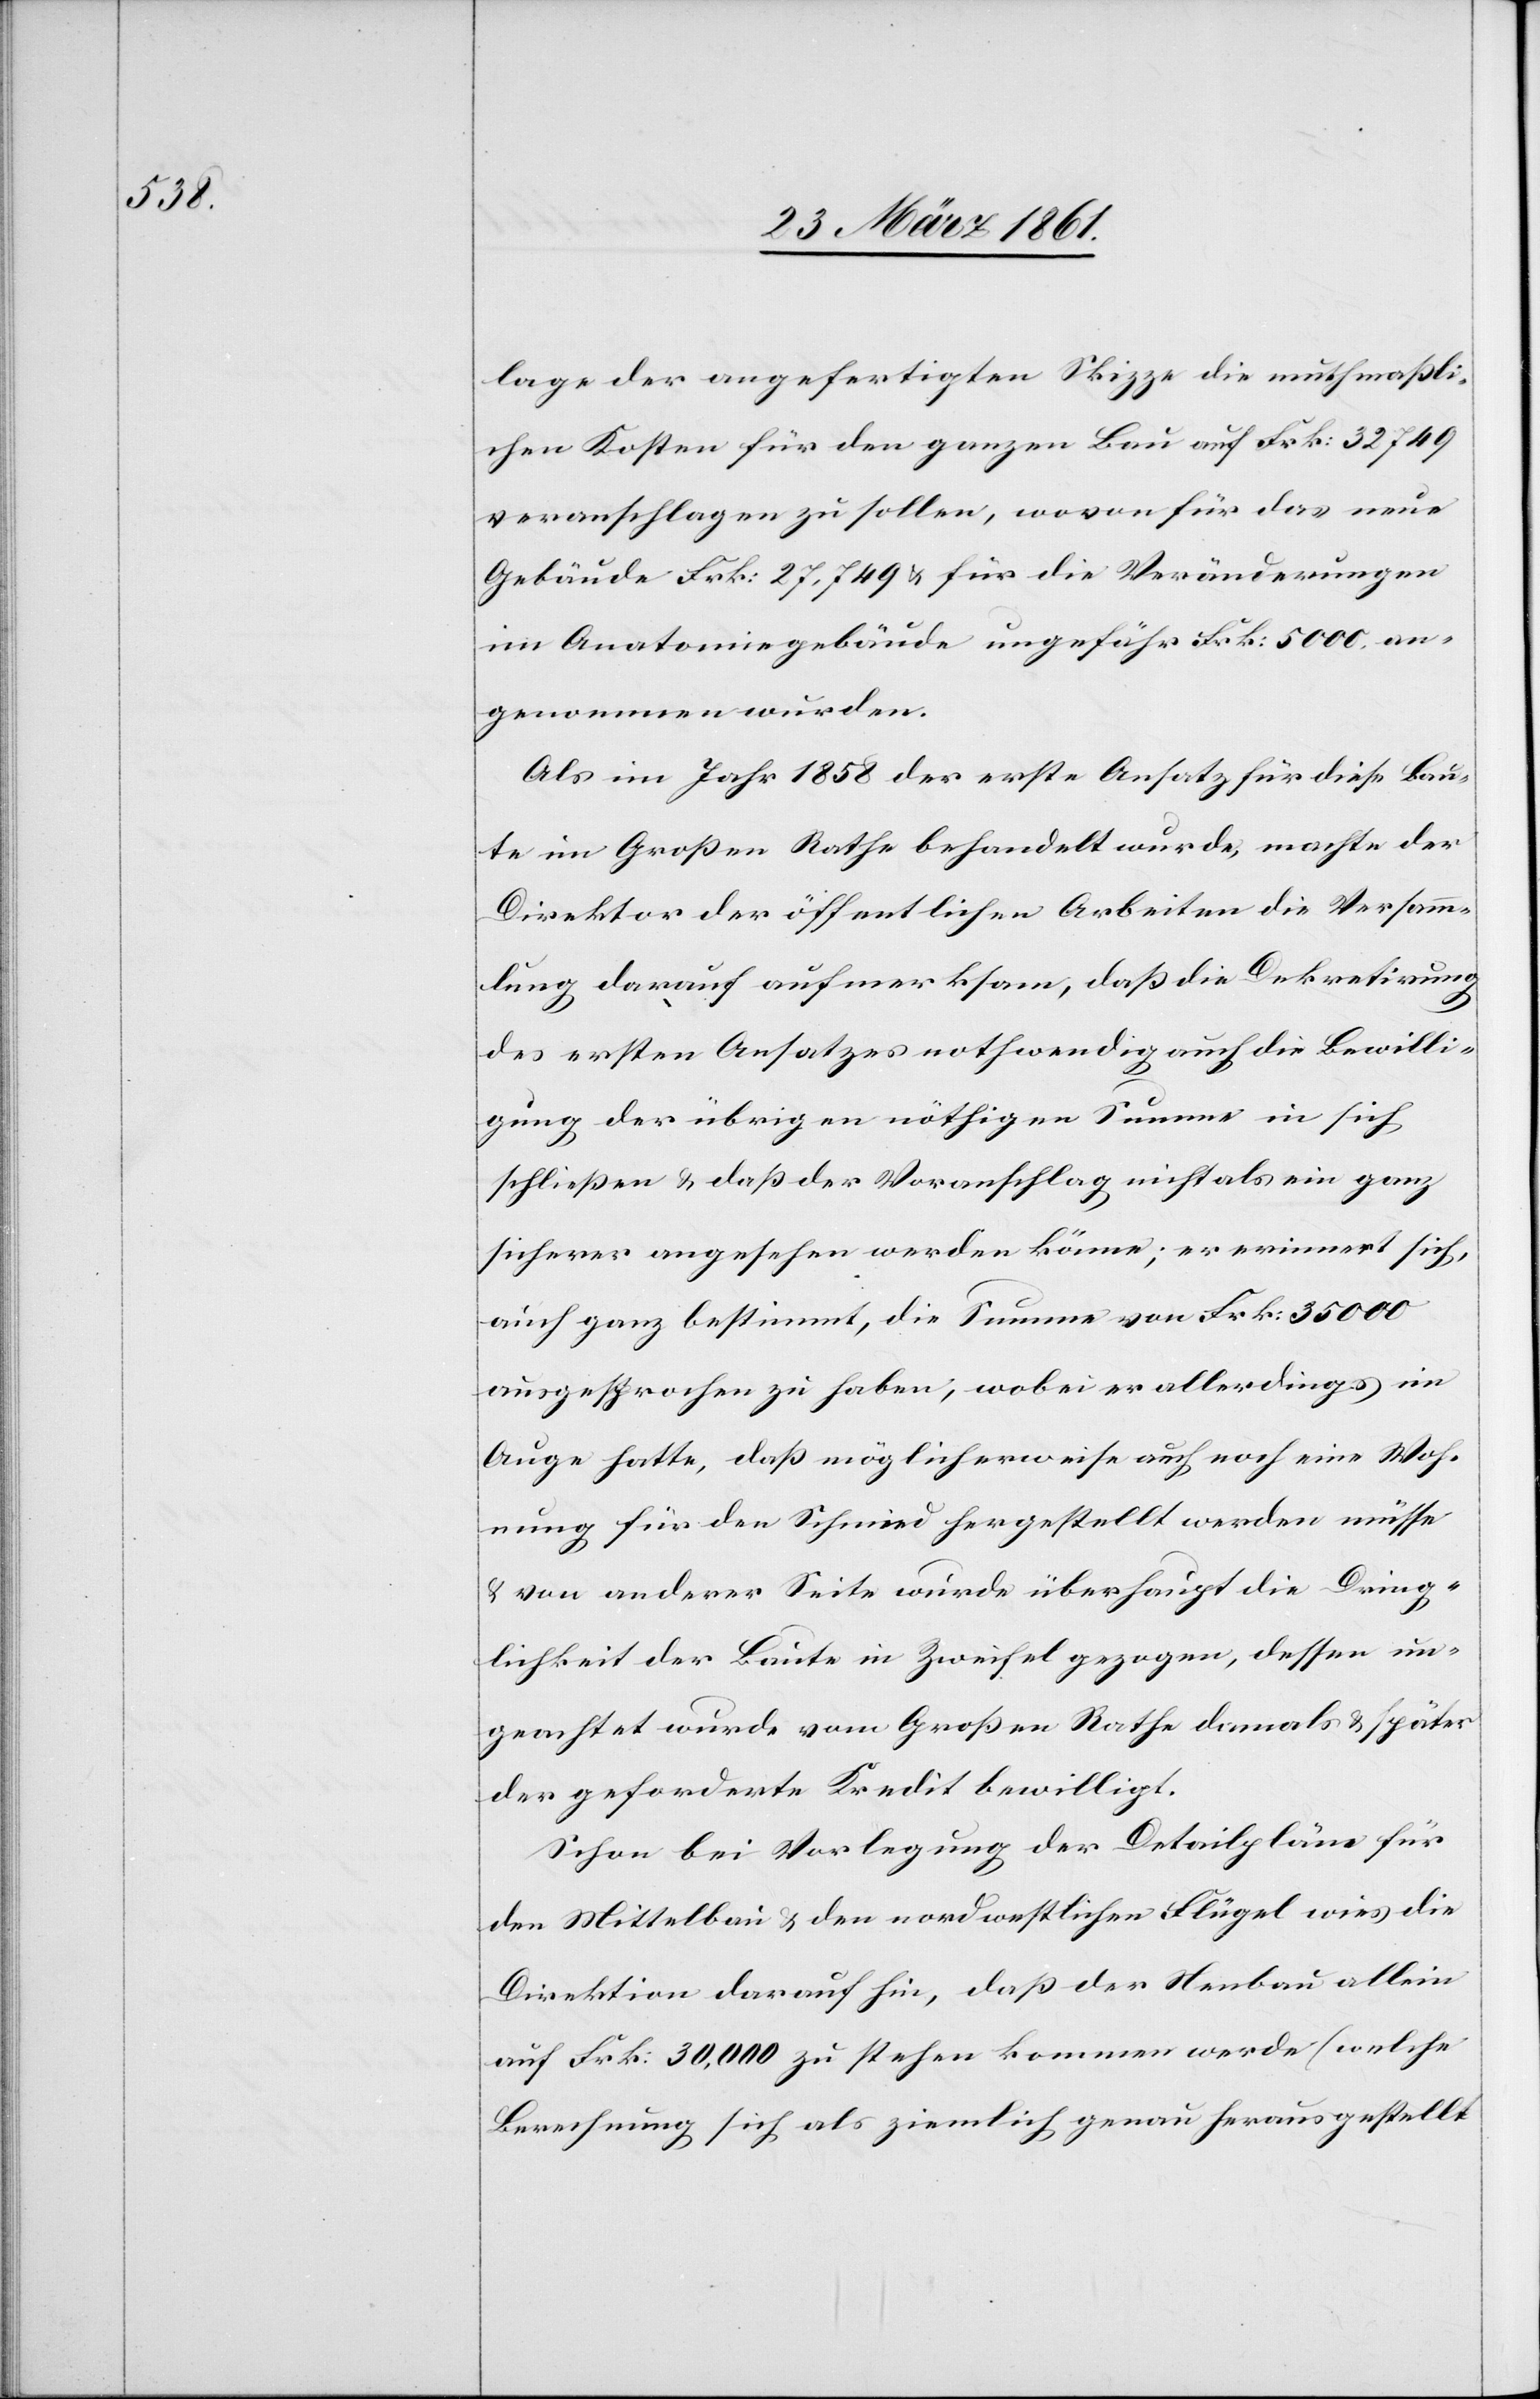
lage der angefertigten Skizze die muthmaßli¬
chen Kosten für den ganzen Bau auf Frk. 32 749
veranschlagen zu sollen, wovon für das neue
Gebäude Frk: 27,749 u. für die Veränderungen
im Anatomiegebäude ungefähr Frk: 5000 an¬
genommen wurden.
Als im Jahr 1858 der erste Ansatz für diese Bau¬
te im Große Rathe behandelt wurde, machte der
Direktor der öffentlichen Arbeiten die Versamm¬
lung darauf aufmerksam, daß die Dekretirung
des ersten Ansatzes nothwendig auch die Bewilli¬
gung der übrigen nöthigen Summe in sich
schließen u. daß der Voranschlag nicht als ein ganz
sicherer angesehen werden könne; er erinnert sich,
auch ganz bestimmt, die Summe von Frk. 35 000
ausgesprochen zu haben, wobei er allerdings im
Auge hatte, daß möglicherweise auch noch eine Woh¬
nung für den Schmied hergestellt werden müsse
u. von anderer Seite wurde überhaupt die Dring¬
lichkeit der Baute in Zweifel gezogen, dessen un¬
geachtet wurde vom Großen Rathe damals u. später
der geforderte Kredit bewilligt.
Schon bei Vorlegung der Detailpläne für
den Mittelbau u. den nordwestlichen Flügel wies die
Direktion darauf hin, daß der Neubau allein
auf Frk. 30,000 zu stehen kommen werde (welche
Berechnung sich als ziemlich genau herausgestellt